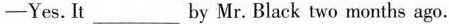
-Yes.It___by Mr. Black two months ago.